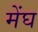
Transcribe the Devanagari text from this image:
मेंघ